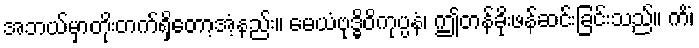
အဘယ်မှာတိုးတက်ရှိတော့အံ့နည်း။ မေယံဗုဒ္ဓိဝိကုပ္ပနံ၊ ဤတန်ခိုးဖန်ဆင်းခြင်းသည်။ ကိံ၊